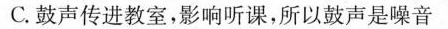
C.鼓声传进教室，影响听课，所以鼓声是噪音